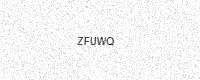
Text: ZFUWQ